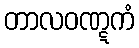
တာလဝဏ္ဋကံ